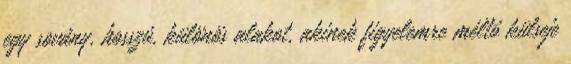
egy sovány, hosszú, különös alakot, akinek figyelemre méltó külseje